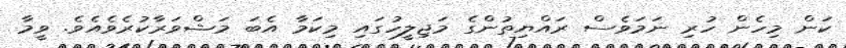
ކަން މިހެން ހުރި ނަމަވެސް ރައްޔިތުންގެ މަޖިލީހުގައި މިކަމާ އެބަ މަޝްވަރާކުރެވެއެވެ. ވީމާ